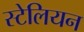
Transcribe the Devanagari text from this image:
स्टेलियन